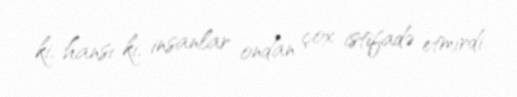
ki, hansı ki, insanlar ondan çox istifadə etmirdi.